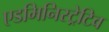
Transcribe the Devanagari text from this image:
एडमिनिस्ट्रेटिव